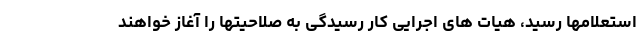
استعلامها رسید، هیات های اجرایی کار رسیدگی به صلاحیتها را آغاز خواهند